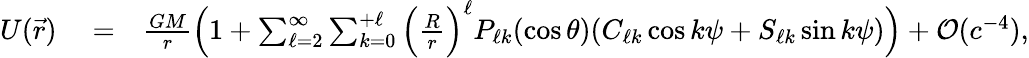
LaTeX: \begin{array}{rlr}{U(\vec{r})}&{{}=}&{\frac{GM}{r}\Big(1+\sum_{\ell=2}^{\infty}\sum_{k=0}^{+\ell}\Big(\frac{R}{r}\Big)^{\ell}P_{\ell k}(\cos\theta)(C_{\ell k}\cos k\psi+S_{\ell k}\sin k\psi)\Big)+{\cal O}(c^{-4}),}\end{array}